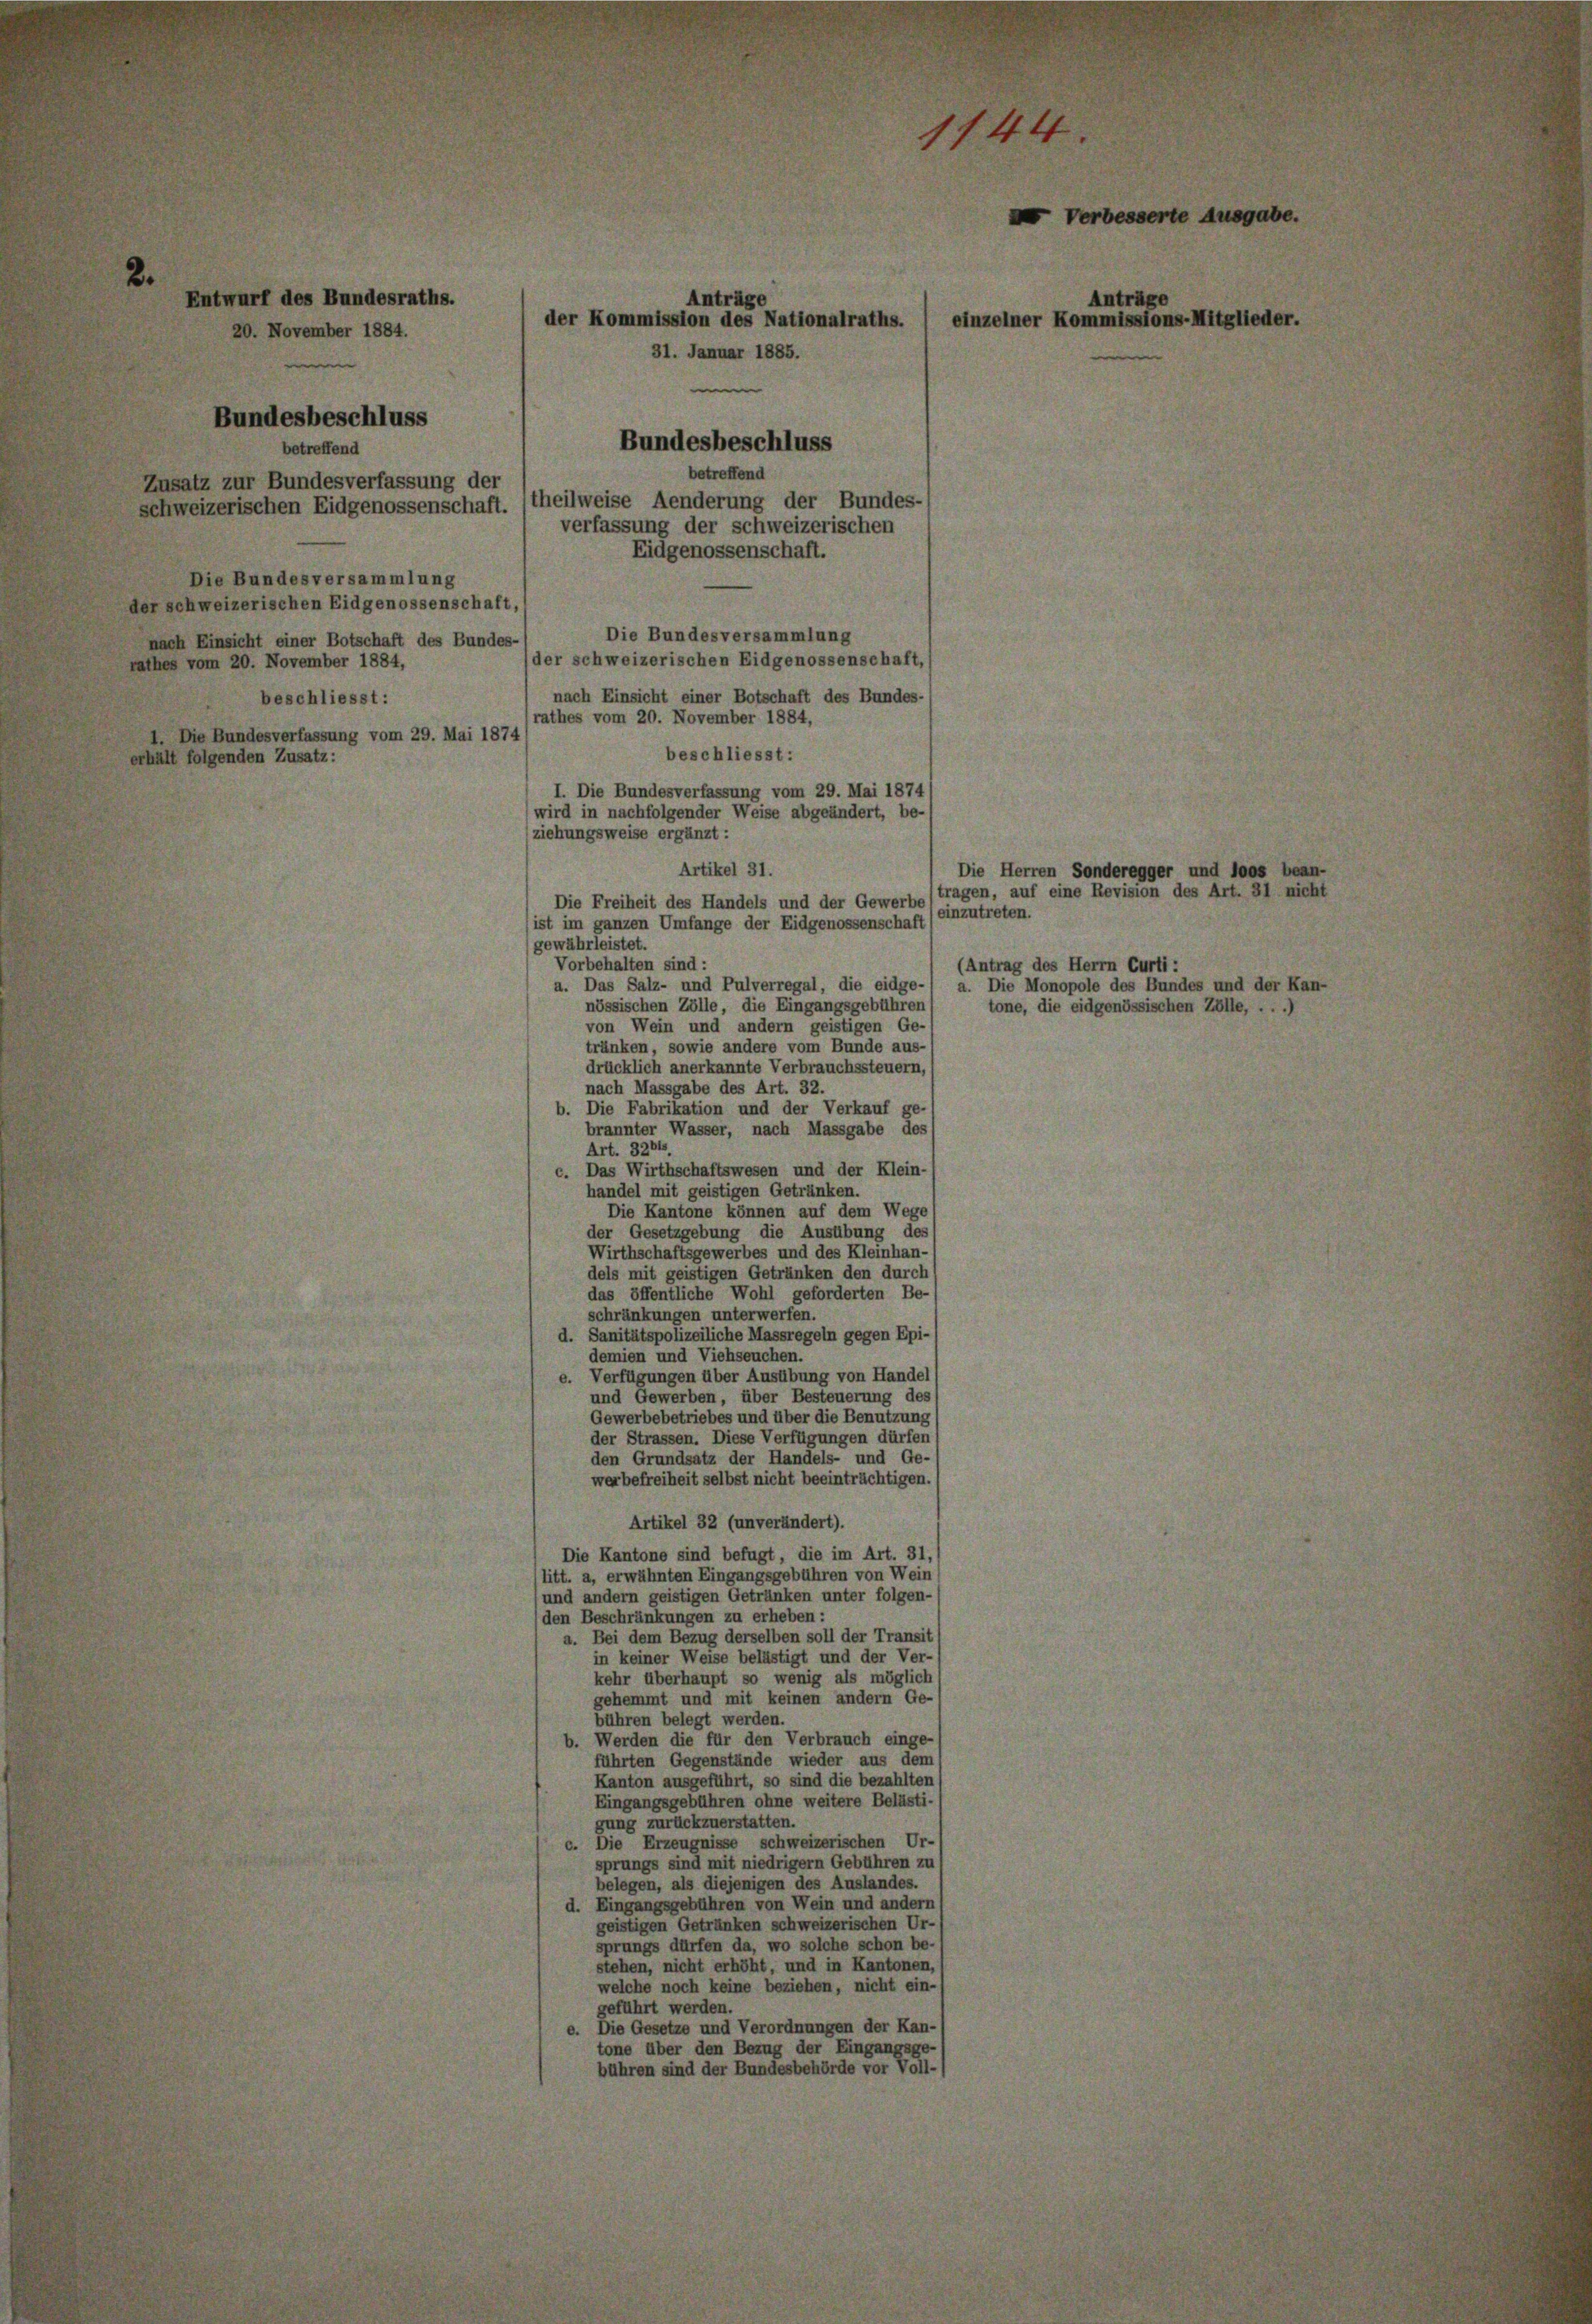
2.
Entwurf des Bundesraths.
Anträge
der Kommission des Nationalraths.
20. November 1884.
31. Januar 1885.
Bundesbeschluss
Bundesbeschluss
betreffend
betreffend
Zusatz zur Bundesverfassung der
schweizerischen Eidgenossenschaft. (theilweise Aenderung der Bundes-
verfassung der schweizerischen
Eidgenossenschaft.

Die Bundesversammlung
der schweizerischen Eidgenossenschaft,
Die Bundesversammlung
nach Einsicht einer Botschaft des Bundes-
(der schweizerischen Eidgenossenschaft,
rathes vom 20. November 1884,
nach Einsicht einer Botschaft des Bundes-
beschliesst:
(rathes vom 20. November 1884,
Die Bundesverfassung vom 29. Mai 1874
beschliesst:
erhält folgenden Zusatz:
(ziehungsweise ergänzt:
Die Freiheit des Handels und der Gewerbe
ist im ganzen Umfange der Eidgenossenschaft) einzutreten.
(gewährleistet.
Vorbehalten sind:
a. Das Salz- und Pulverregal, die eidge-/ a. Die Monopole des Bundes und der Kan-
nössischen Zölle, die Eingangsgebühren
von Wein und andern geistigen Ge-
tränken, sowie andere vom Bunde aus-
drücklich anerkannte Verbrauchssteuern,
nach Massgabe des Art. 32.
b. Die Fabrikation und der Verkauf ge-
brannter Wasser, nach Massgabe des
Art. 3264.
c. Das Wirthschaftswesen und der Klein-
handel mit geistigen Getränken.
Die Kantone können auf dem Wege
der Gesetzgebung die Ausübung des
Wirthschaftsgewerbes und des Kleinhan-
dels mit geistigen Getränken den durch
das öffentliche Wohl geforderten Be-
schränkungen unterwerfen.
d. Sanitätspolizeiliche Massregeln gegen Epi-
demien und Viehseuchen.
e. Verfügungen über Ausübung von Handel
und Gewerben, über Besteuerung des
Gewerbebetriebes und über die Benutzung (
der Strassen. Diese Verfügungen dürfen s
den Grundsatz der Handels- und Ge-
werbefreiheit selbst nicht beeinträchtigen.
Artikel 32 (unverändert).
Die Kantone sind befugt, die im Art. 31,
(litt. a, erwähnten Eingangsgebühren von Wein
und andern geistigen Getränken unter folgen-
(den Beschränkungen zu erheben:
a. Bei dem Bezug derselben soll der Transit
in keiner Weise belästigt und der Ver-
kehr überhaupt so wenig als möglich
gehemmt und mit keinen andern Ge-
bühren belegt werden.
b. Werden die für den Verbrauch einge-
führten Gegenstände wieder aus dem
Kanton ausgeführt, so sind die bezahlten
Eingangsgebühren ohne weitere Belästi-
gung zurückzuerstatten.
c. Die Erzeugnisse schweizerischen Ur-s
sprungs sind mit niedrigem Gebühren zu
belegen, als diejenigen des Auslandes.
d. Eingangsgebühren von Wein und andern (
geistigen Getränken schweizerischen Ur-
sprungs dürfen da, wo solche schon be-
stehen, nicht erhöht, und in Kantonen,
welche noch keine beziehen, nicht ein-
geführt werden.
e. Die Gesetze und Verordnungen der Kan-
tone über den Bezug der Eingangsge-
bühren sind der Bundesbehörde vor Voll-

I. Die Bundesverfassung vom 29. Mai 1874
wird in nachfolgender Weise abgeändert, be-
Artikel 31.

144

Antri

(Antrag des Herrn Curti :
tone, die eidgenössischen Zölle, . . .

Die Herren Sonderegger und loos bean-
tragen, auf eine Revision des Art. 31 nicht